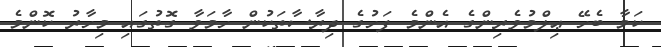
ކަމާ ބެހޭ ޢިލްމުވެރިންގެ އެންމެ ފަހުގެ ދިރާސާތަކުން ހާމަވާ ގޮތުގައި މިހާރު ކޮންމެ